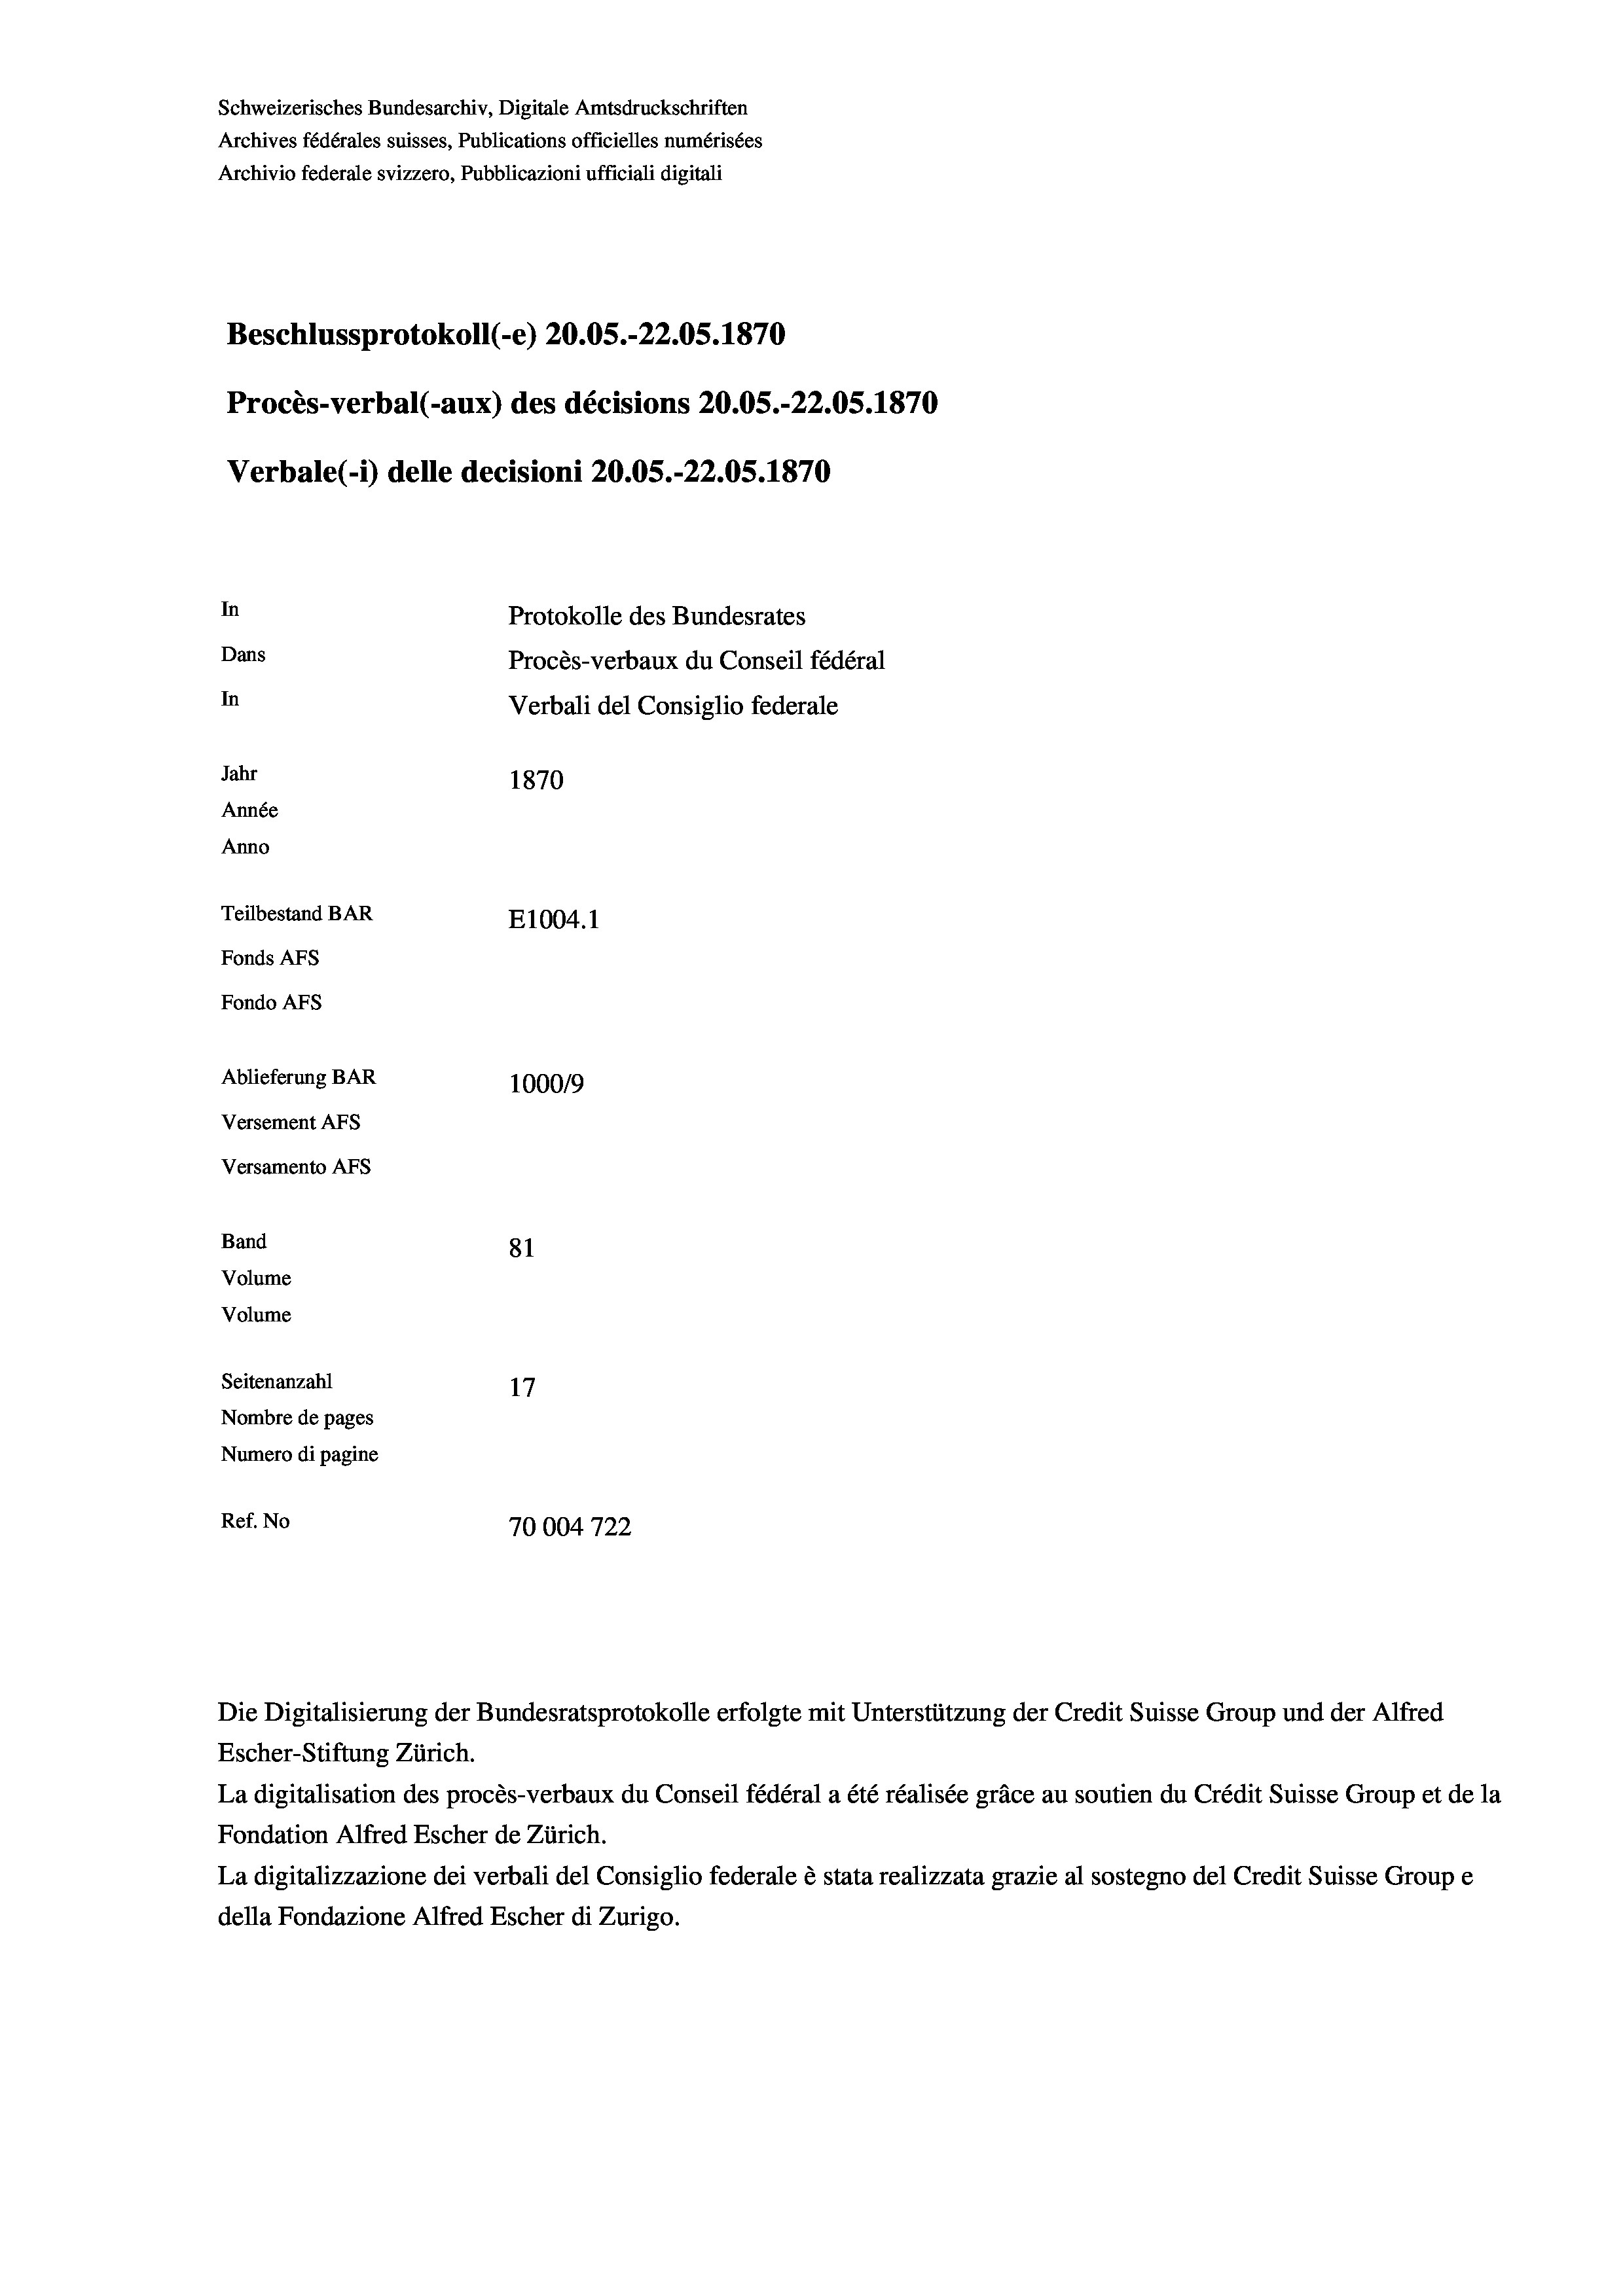
Beschlussprotokoll (-e) 20.05.-22.05. 1870
In
Protokolle des Bundesrates
Dans
Procès-verbaux du Conseil fédéral
In
Verbali del Consiglio federale
Jahr
1870
Année
Anno
Teilbestand BAR
E1004.1
Fonds AFs
Fondo Afs

Ablieferung BAR
Versement AFs
Versamento AFs
Band
Volume
Volume
Seitenanzahl

100019
81
17
Nombre de pages
Numero di pagine
Ref. No
10004722

Schweizerisches Bundesarchiv, Digitale Amtsdruckschriften
Archives fédérales suisses, Publications officielles numérisées
Archivio federale svizzero, Pubblicazioni ufficiali digitali

Procès-verbal (-aux) des décisions 20.05.-22.05. 1870
Verbale (-*) delle decisioni 20.05.-22.05. 1870

Die Digitalisierung der Bundesratsprotokolle erfolgte mit Unterstützung der Credit Suisse Group und der Alfred
Escher-Stiftung Zürich.
La digitalisation des procès-verbaux du Conseil fédéral a été réalisée gräce au soutien du Crédit Suisse Group et de la
Fondation Alfred Escher de Zürich.
La digitalizzazione dei verbali del Consiglio federale è stata realizzata grazie al sostegno del Credit Suisse Groupe
della Fondazione Alfred Escher di Zurigo.